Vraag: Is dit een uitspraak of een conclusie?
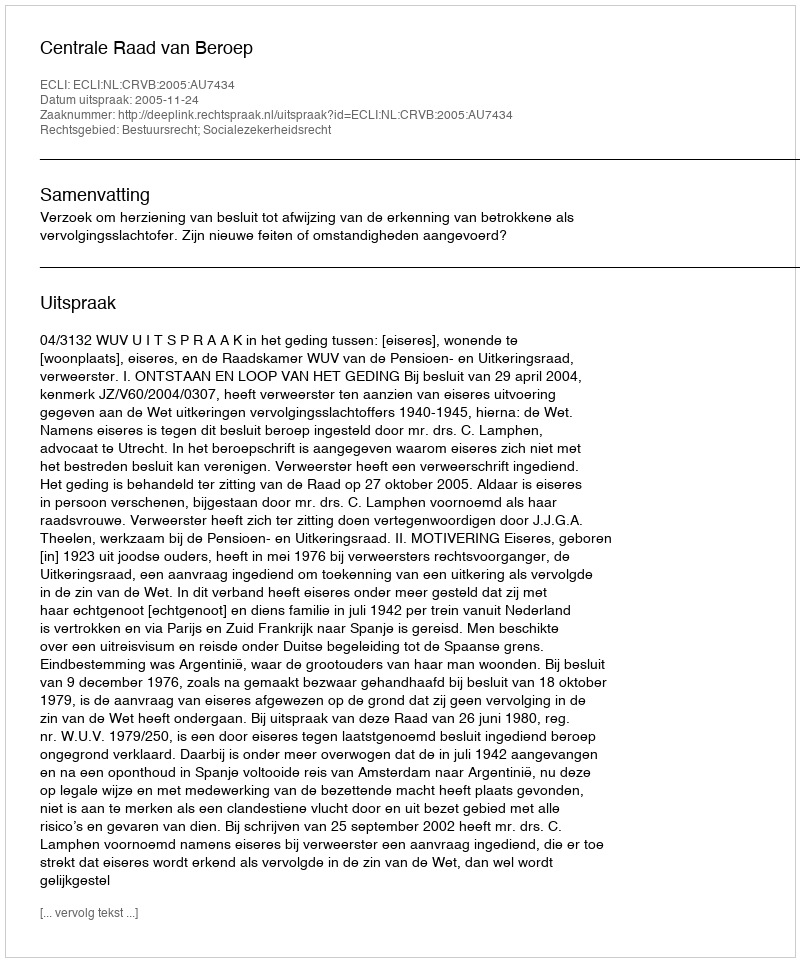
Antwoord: Uitspraak